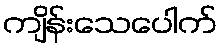
ကျိန်းသေပေါက်